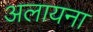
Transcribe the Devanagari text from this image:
अलायना